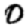
Digit: 0